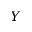
Y